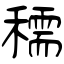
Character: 穤